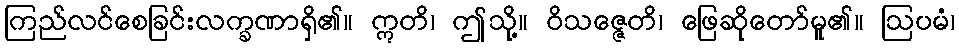
ကြည်လင်စေခြင်းလက္ခဏာရှိ၏။ ဣတိ၊ ဤသို့။ ဝိသဇ္ဇေတိ၊ ဖြေဆိုတော်မူ၏။ ဩပမံ၊